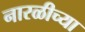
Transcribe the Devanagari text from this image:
नारळीच्या